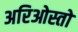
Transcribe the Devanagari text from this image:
अरिओस्तो